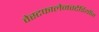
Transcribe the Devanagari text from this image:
वेस्टफालेनस्टेडियॉन